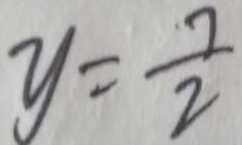
y = \frac { 7 } { 2 }